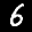
Label: 6